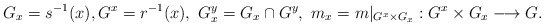
\begin{align*} G_x=s^{-1}(x),G^x=r^{-1}(x),\ G_x^y= G_x\cap G^y, \ m_x=m\vert_{G^x\times G_x} : G^x\times G_x\longrightarrow G.\end{align*}